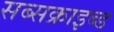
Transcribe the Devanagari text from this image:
सब्सक्राइब्ड